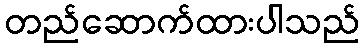
တည်ဆောက်ထားပါသည်